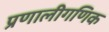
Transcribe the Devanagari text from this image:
प्रणालीगणिक